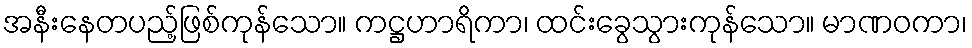
အနီးနေတပည့်ဖြစ်ကုန်သော။ ကဋ္ဌဟာရိကာ၊ ထင်းခွေသွားကုန်သော။ မာဏဝကာ၊